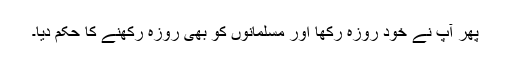
پھر آپؐ نے خود روزہ رکھا اور مسلمانوں کو بھی روزہ رکھنے کا حکم دیا۔